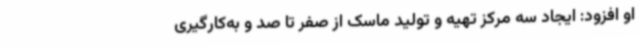
او افزود: ایجاد سه مرکز تهیه و تولید ماسک از صفر تا صد و به‌کارگیری